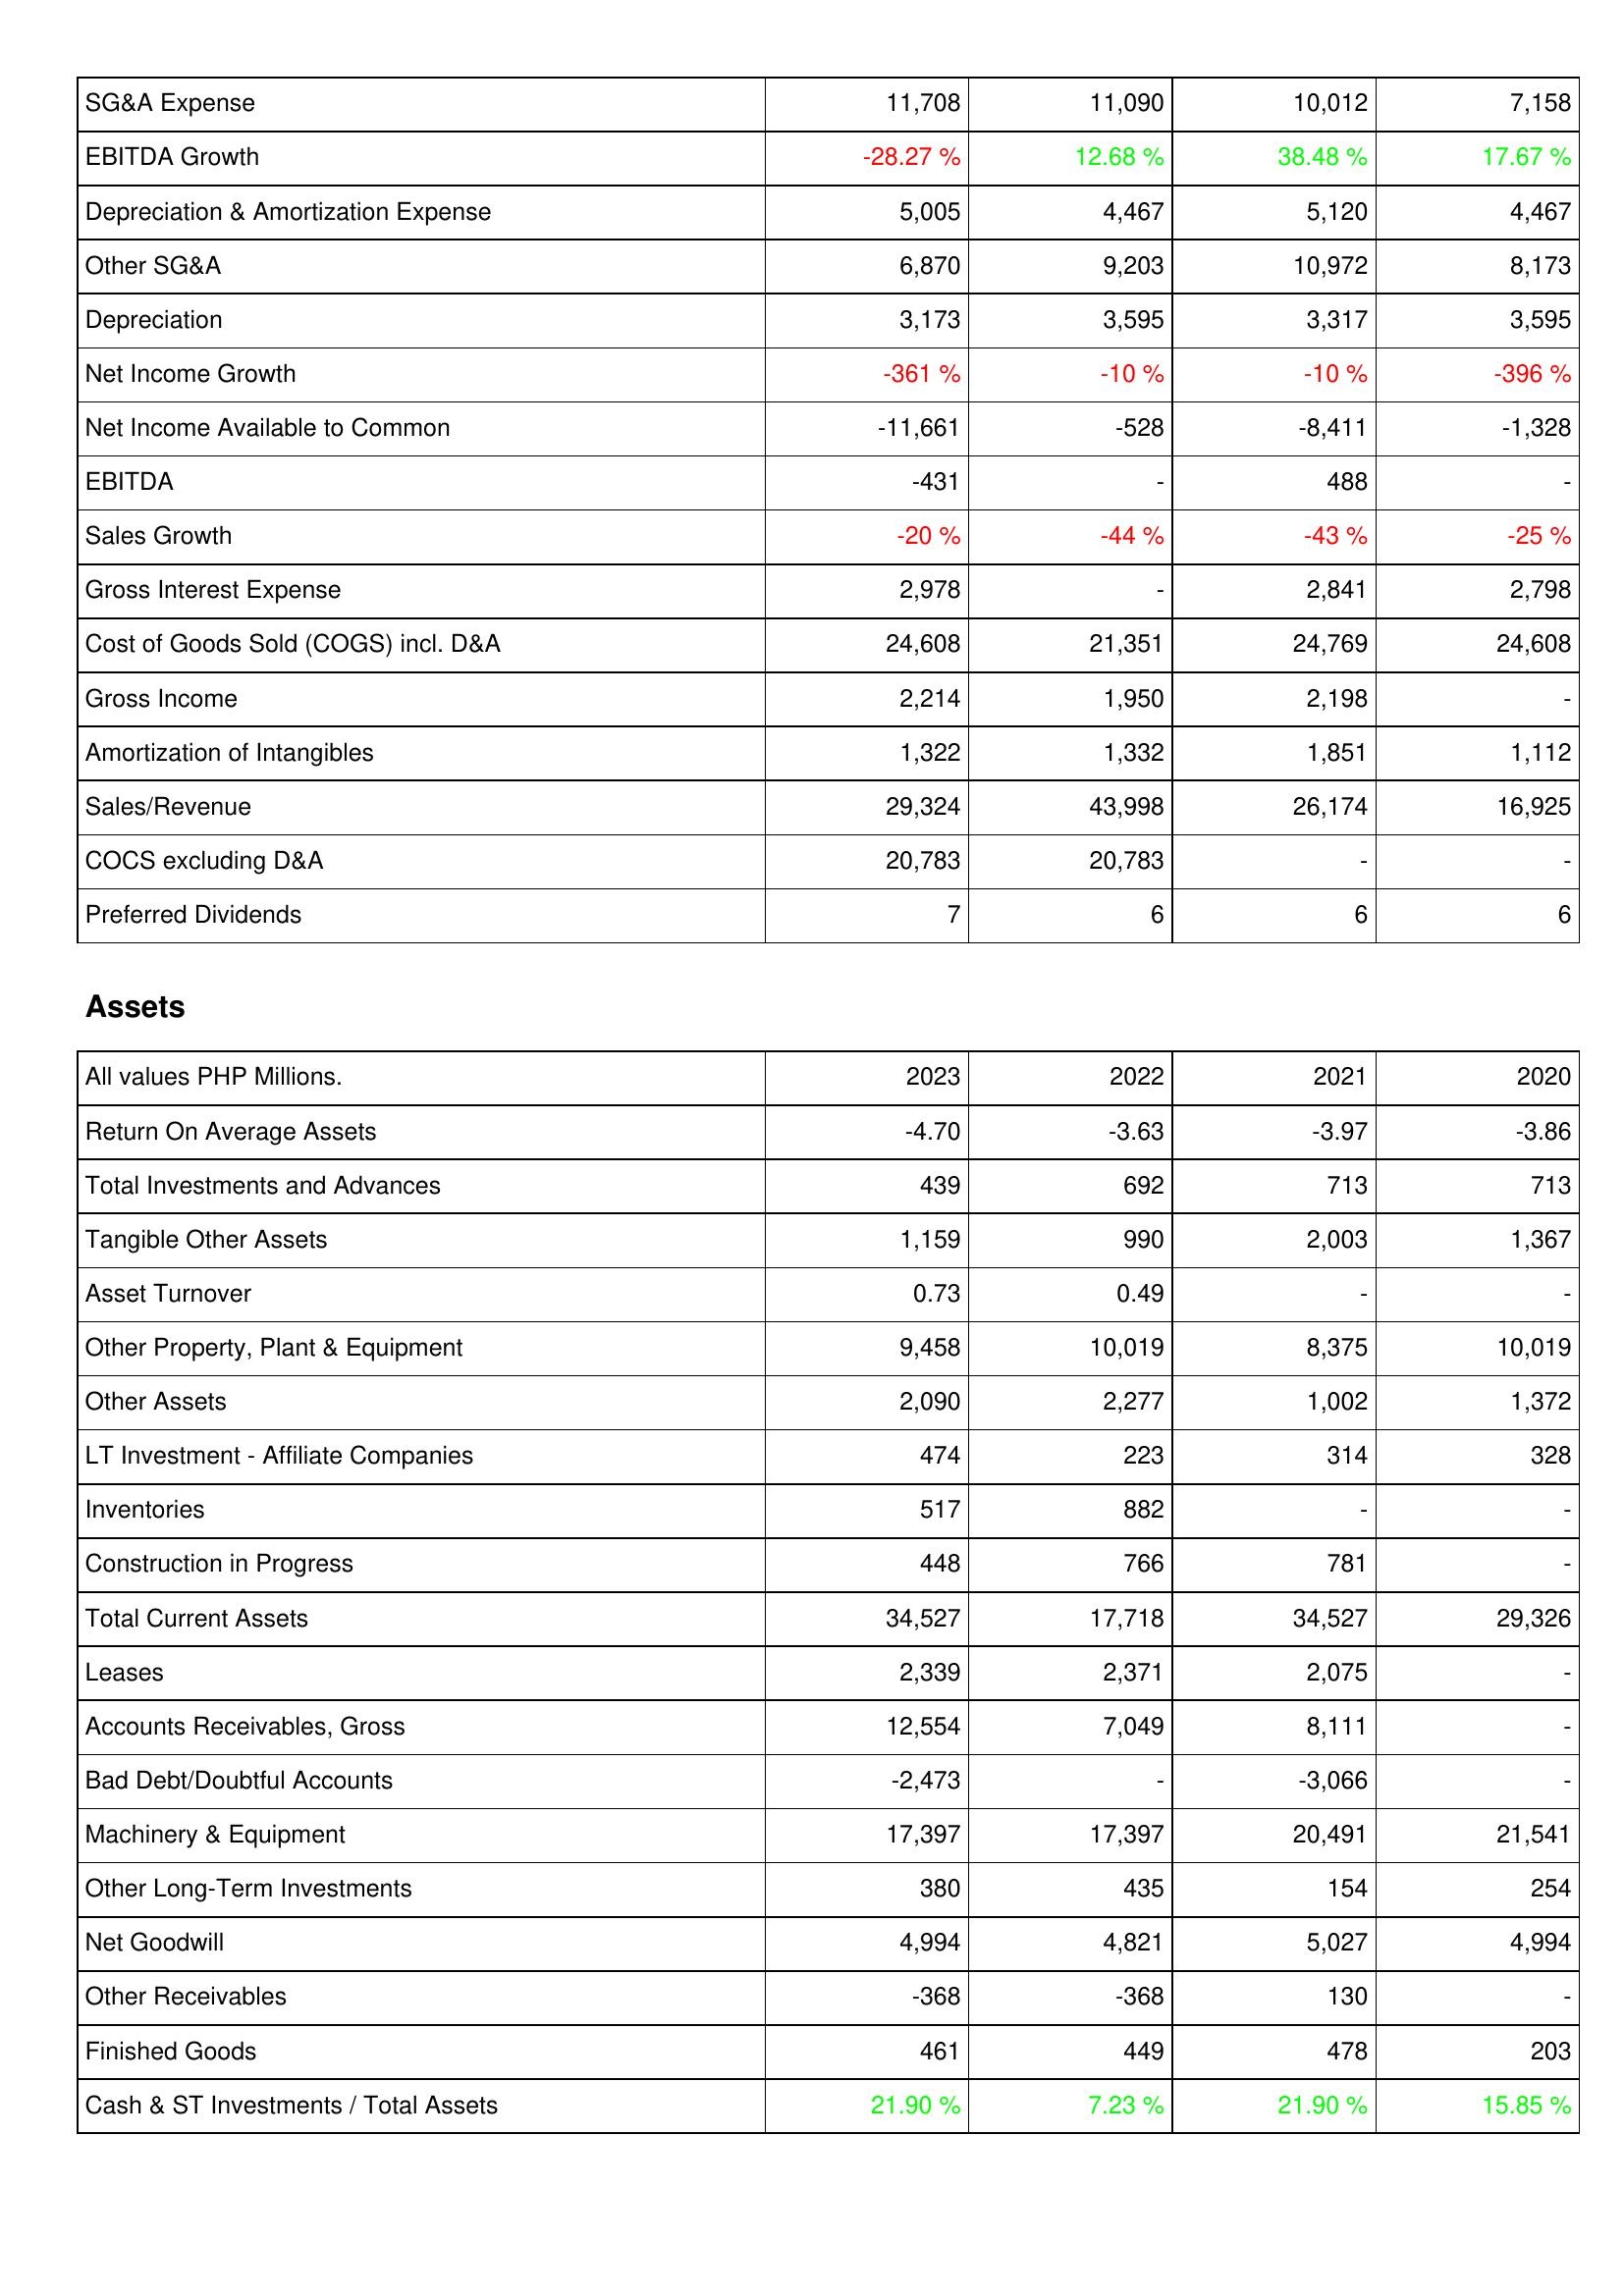
2023: Income Statement: SG&A Expense: 11,708
EBITDA Growth: -28.27 %
Depreciation & Amortization Expense: 5,005
Other SG&A: 6,870
Depreciation: 3,173
Net Income Growth: -361 %
Net Income Available to Common: -11,661
EBITDA: -431
Sales Growth: -20 %
Gross Interest Expense: 2,978
Cost of Goods Sold (COGS) incl. D&A: 24,608
Gross Income: 2,214
Amortization of Intangibles: 1,322
Sales/Revenue: 29,324
COCS excluding D&A: 20,783
Preferred Dividends: 7
Assets: Return On Average Assets: -4.70
Total Investments and Advances: 439
Tangible Other Assets: 1,159
Asset Turnover: 0.73
Other Property, Plant & Equipment: 9,458
Other Assets: 2,090
LT Investment - Affiliate Companies: 474
Inventories: 517
Construction in Progress: 448
Total Current Assets: 34,527
Leases: 2,339
Accounts Receivables, Gross: 12,554
Bad Debt/Doubtful Accounts: -2,473
Machinery & Equipment: 17,397
Other Long-Term Investments: 380
Net Goodwill: 4,994
Other Receivables: -368
Finished Goods: 461
Cash & ST Investments / Total Assets: 21.90 %
2022: Income Statement: SG&A Expense: 11,090
EBITDA Growth: 12.68 %
Depreciation & Amortization Expense: 4,467
Other SG&A: 9,203
Depreciation: 3,595
Net Income Growth: -10 %
Net Income Available to Common: -528
EBITDA: -
Sales Growth: -44 %
Gross Interest Expense: -
Cost of Goods Sold (COGS) incl. D&A: 21,351
Gross Income: 1,950
Amortization of Intangibles: 1,332
Sales/Revenue: 43,998
COCS excluding D&A: 20,783
Preferred Dividends: 6
Assets: Return On Average Assets: -3.63
Total Investments and Advances: 692
Tangible Other Assets: 990
Asset Turnover: 0.49
Other Property, Plant & Equipment: 10,019
Other Assets: 2,277
LT Investment - Affiliate Companies: 223
Inventories: 882
Construction in Progress: 766
Total Current Assets: 17,718
Leases: 2,371
Accounts Receivables, Gross: 7,049
Bad Debt/Doubtful Accounts: -
Machinery & Equipment: 17,397
Other Long-Term Investments: 435
Net Goodwill: 4,821
Other Receivables: -368
Finished Goods: 449
Cash & ST Investments / Total Assets: 7.23 %
2021: Income Statement: SG&A Expense: 10,012
EBITDA Growth: 38.48 %
Depreciation & Amortization Expense: 5,120
Other SG&A: 10,972
Depreciation: 3,317
Net Income Growth: -10 %
Net Income Available to Common: -8,411
EBITDA: 488
Sales Growth: -43 %
Gross Interest Expense: 2,841
Cost of Goods Sold (COGS) incl. D&A: 24,769
Gross Income: 2,198
Amortization of Intangibles: 1,851
Sales/Revenue: 26,174
COCS excluding D&A: -
Preferred Dividends: 6
Assets: Return On Average Assets: -3.97
Total Investments and Advances: 713
Tangible Other Assets: 2,003
Asset Turnover: -
Other Property, Plant & Equipment: 8,375
Other Assets: 1,002
LT Investment - Affiliate Companies: 314
Inventories: -
Construction in Progress: 781
Total Current Assets: 34,527
Leases: 2,075
Accounts Receivables, Gross: 8,111
Bad Debt/Doubtful Accounts: -3,066
Machinery & Equipment: 20,491
Other Long-Term Investments: 154
Net Goodwill: 5,027
Other Receivables: 130
Finished Goods: 478
Cash & ST Investments / Total Assets: 21.90 %
2020: Income Statement: SG&A Expense: 7,158
EBITDA Growth: 17.67 %
Depreciation & Amortization Expense: 4,467
Other SG&A: 8,173
Depreciation: 3,595
Net Income Growth: -396 %
Net Income Available to Common: -1,328
EBITDA: -
Sales Growth: -25 %
Gross Interest Expense: 2,798
Cost of Goods Sold (COGS) incl. D&A: 24,608
Gross Income: -
Amortization of Intangibles: 1,112
Sales/Revenue: 16,925
COCS excluding D&A: -
Preferred Dividends: 6
Assets: Return On Average Assets: -3.86
Total Investments and Advances: 713
Tangible Other Assets: 1,367
Asset Turnover: -
Other Property, Plant & Equipment: 10,019
Other Assets: 1,372
LT Investment - Affiliate Companies: 328
Inventories: -
Construction in Progress: -
Total Current Assets: 29,326
Leases: -
Accounts Receivables, Gross: -
Bad Debt/Doubtful Accounts: -
Machinery & Equipment: 21,541
Other Long-Term Investments: 254
Net Goodwill: 4,994
Other Receivables: -
Finished Goods: 203
Cash & ST Investments / Total Assets: 15.85 %